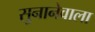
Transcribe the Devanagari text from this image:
सुनानेवाला